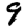
Digit: 9